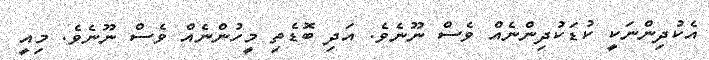
އެކުދިންނަކީ ކުޑަކުދިންނެއް ވެސް ނޫނެވެ. އަދި ބޮޑެތި މީހުންނެއް ވެސް ނޫނެވެ. މިއީ